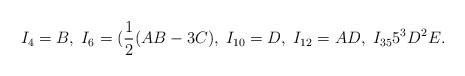
\begin{align*}I_4 =B,\;I_6 =(\frac{1}{2}(AB-3C),\;I_{10}=D,\;I_{12}=AD,\;I_{35}5^3 D^2 E.\end{align*}